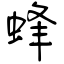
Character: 蜂